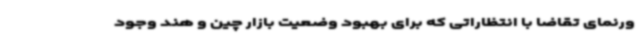
ورنمای تقاضا با انتظاراتی که برای بهبود وضعیت بازار چین و هند وجود